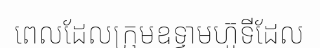
ពេលដែលក្រុមឧទ្ទាមហ៊ូទីដែល